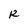
Character: R